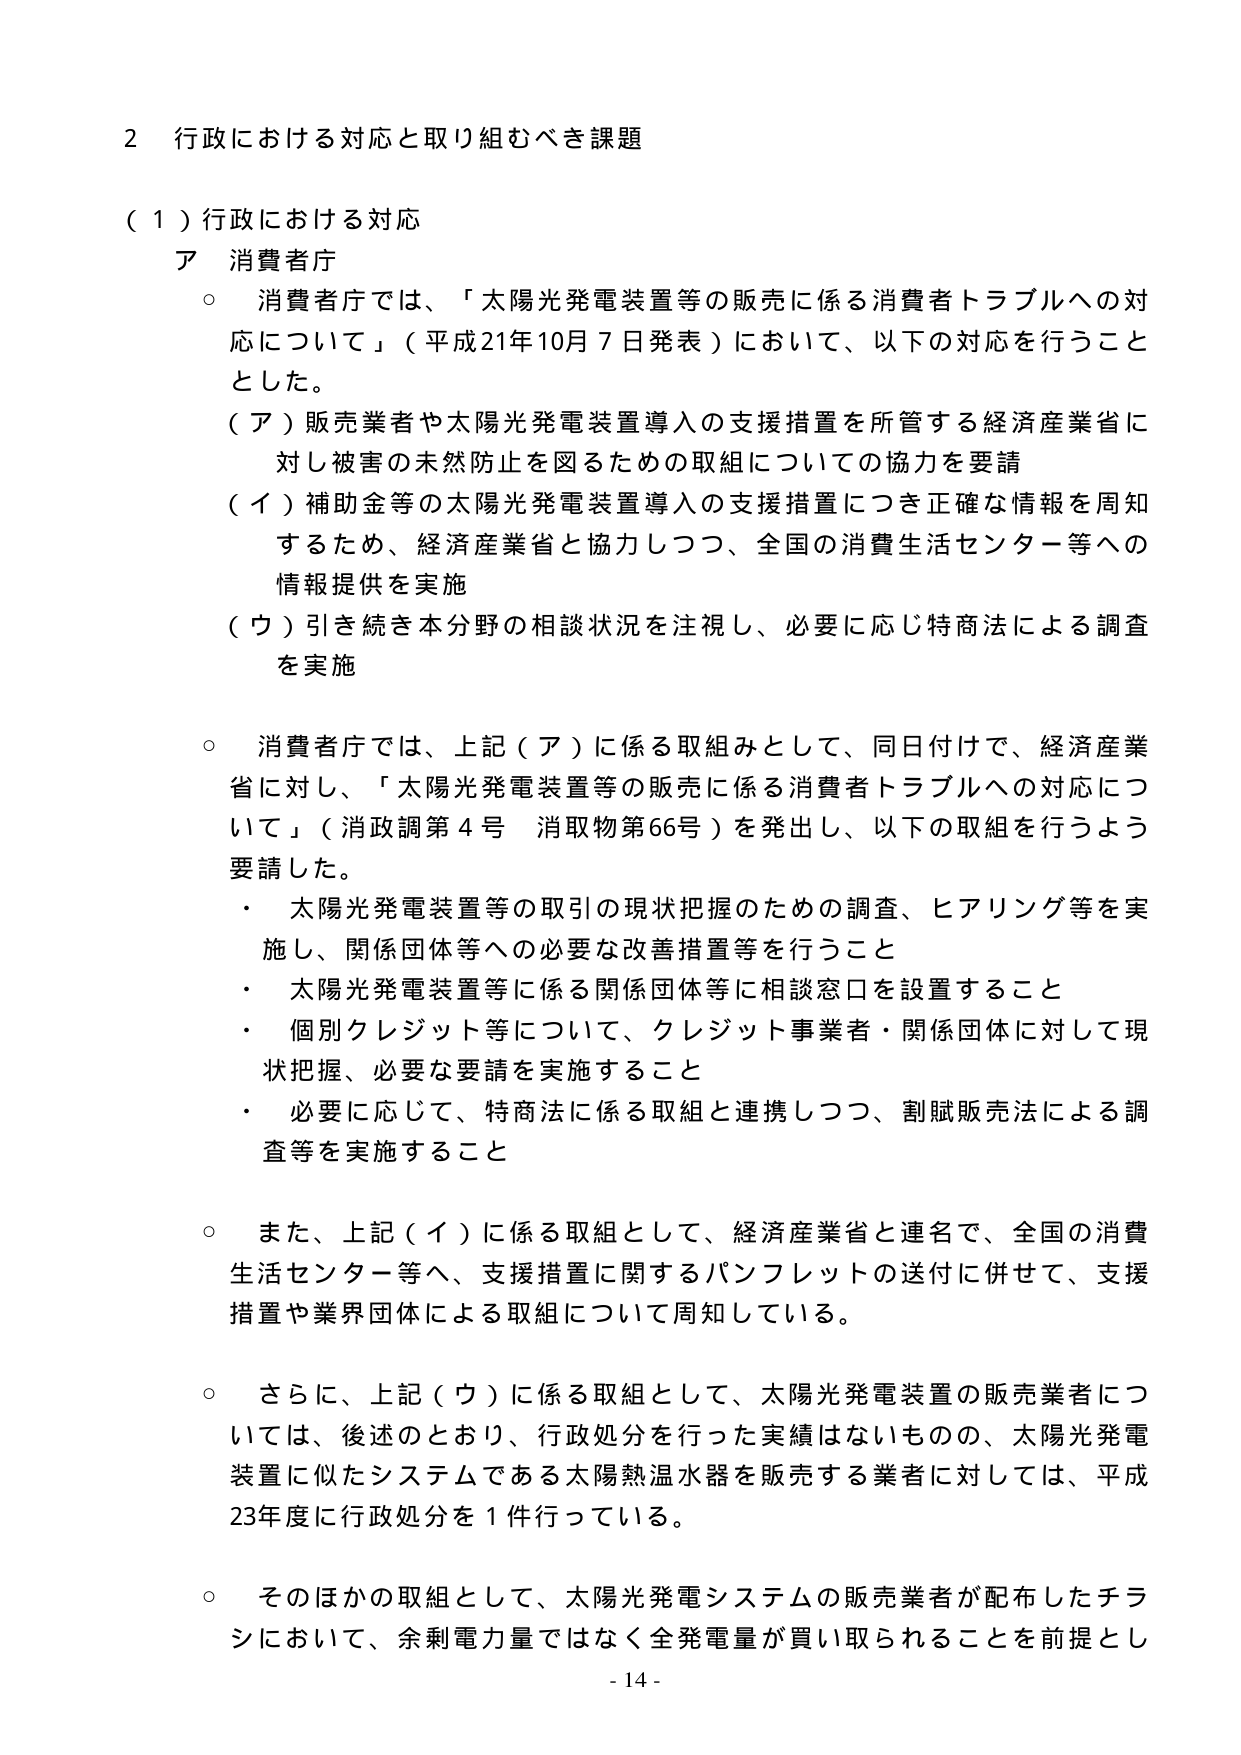
2 行政における対応と取り組むべき課題

（１）行政における対応
ア 消費者庁
○ 消費者庁では、「太陽光発電装置等の販売に係る消費者トラブルへの対応について」（平成21年10月7日発表）において、以下の対応を行うこととした。
（ア）販売業者や太陽光発電装置導入の支援措置を所管する経済産業省に対し被害の未然防止を図るための取組についての協力を要請
（イ）補助金等の太陽光発電装置導入の支援措置につき正確な情報を周知するため、経済産業省と協力しつつ、全国の消費生活センター等への情報提供を実施
（ウ）引き続き本分野の相談状況を注視し、必要に応じ特商法による調査を実施

○ 消費者庁では、上記（ア）に係る取組みとして、同日付けで、経済産業省に対し、「太陽光発電装置等の販売に係る消費者トラブルへの対応について」（消政調第4号 消取物第66号）を発出し、以下の取組を行うよう要請した。
・ 太陽光発電装置等の取引の現状把握のための調査、ヒアリング等を実施し、関係団体等への必要な改善措置等を行うこと
・ 太陽光発電装置等に係る関係団体等に相談窓口を設置すること
・ 個別クレジット等について、クレジット事業者・関係団体に対して現状把握、必要な要請を実施すること
・ 必要に応じて、特商法に係る取組と連携しつつ、割賦販売法による調査等を実施すること

○ また、上記（イ）に係る取組として、経済産業省と連名で、全国の消費生活センター等へ、支援措置に関するパンフレットの送付に併せて、支援措置や業界団体による取組について周知している。

○ さらに、上記（ウ）に係る取組として、太陽光発電装置の販売業者については、後述のとおり、行政処分を行った実績はないものの、太陽光発電装置に似たシステムである太陽熱温水器を販売する業者に対しては、平成23年度に行政処分を1件行っている。

○ そのほかの取組として、太陽光発電システムの販売業者が配布したチラシにおいて、余剰電力量ではなく全発電量が買い取られることを前提とし

- 14 -